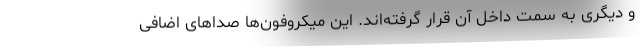
و دیگری به سمت داخل آن قرار گرفته‌اند. این میکروفون‌ها صداهای اضافی